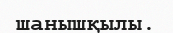
шанышқылы.